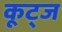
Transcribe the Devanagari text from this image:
कूट्ज